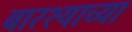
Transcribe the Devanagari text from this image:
बारश्याच्या